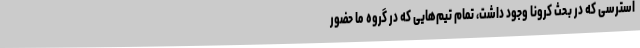
استرسی که در بحث کرونا وجود داشت، تمام تیم‌هایی که در گروه ما حضور